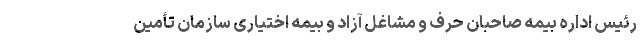
رئیس اداره بیمه صاحبان حرف و مشاغل آزاد و بیمه اختیاری سازمان تأمین